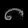
Digit: ၈